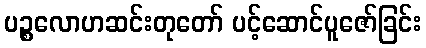
ပဉ္စလောဟဆင်းတုတော် ပင့်ဆောင်ပူဇော်ခြင်း